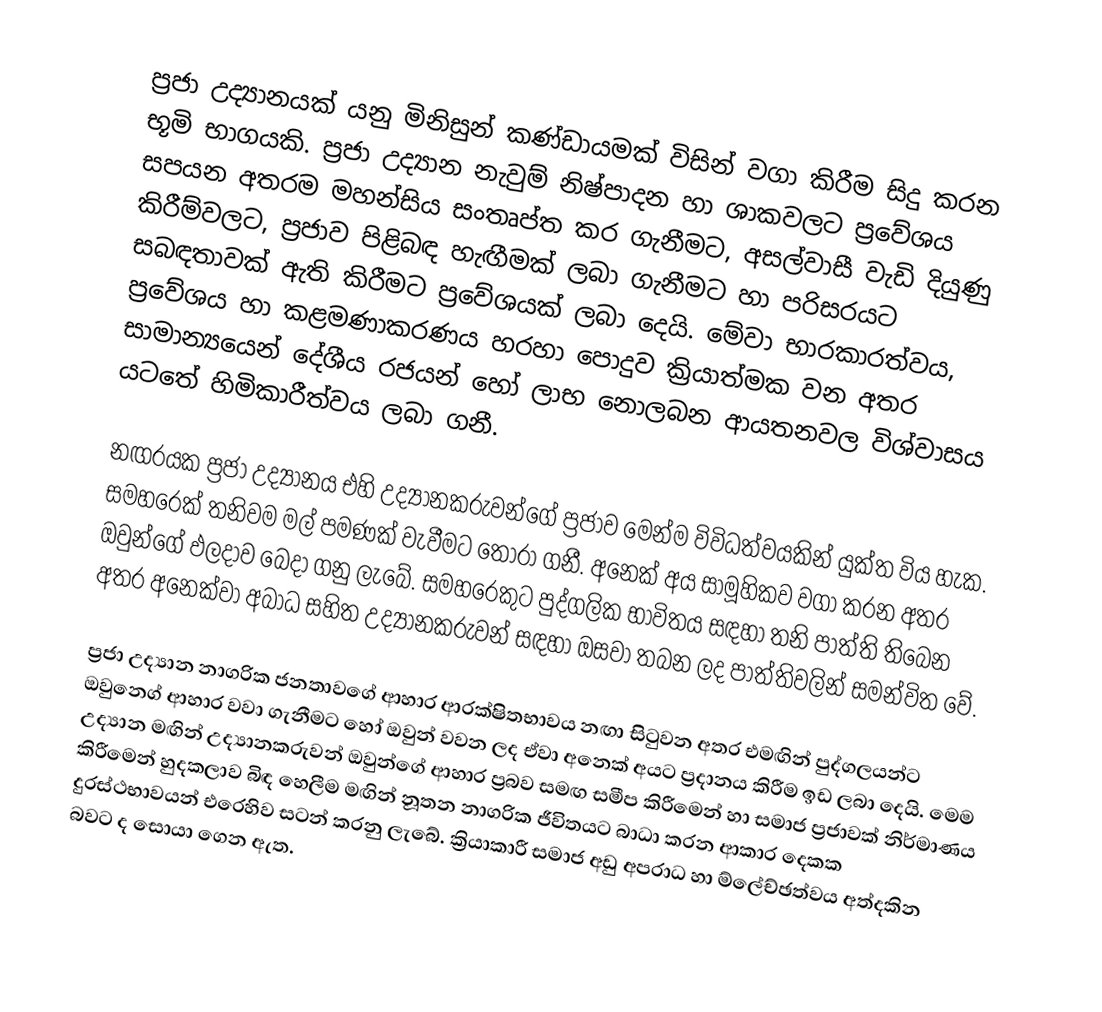
ප්‍රජා උද්‍යානයක් යනු මිනිසුන් කණ්ඩායමක් විසින් වගා කිරීම සිදු කරන භූමි භාගයකි. ප්‍රජා උද්‍යාන නැවුම් නිෂ්පාදන හා ශාකවලට ප්‍රවේශය සපයන අතරම මහන්සිය සංතෘප්ත කර ගැනීමට, අසල්වාසී වැඩි දියුණු කිරීම්වලට, ප්‍රජාව පිළිබඳ හැඟීමක් ලබා ගැනීමට හා පරිසරයට සබඳතාවක් ඇති කිරීමට ප්‍රවේශයක් ලබා දෙයි. මේවා භාරකාරත්වය, ප්‍රවේශය හා කළමණාකරණය හරහා පොදුව ක්‍රියාත්මක වන අතර සාමාන්‍යයෙන් දේශීය රජයන් හෝ ලාභ නොලබන ආයතනවල විශ්වාසය යටතේ හිමිකාරීත්වය ලබා ගනී.

නඟරයක ප්‍රජා උද්‍යානය එහි උද්‍යානකරුවන්ගේ ප්‍රජාව මෙන්ම විවිධත්වයකින් යුක්ත විය හැක. සමහරෙක් තනිවම මල් පමණක් වැවීමට තෝරා ගනී. අනෙක් අය සාමූහිකව වගා කරන අතර ඔවුන්ගේ ඵලදාව බෙදා ගනු ලැබේ. සමහරෙකුට පුද්ගලික භාවිතය සඳහා තනි පාත්ති තිබෙන අතර අනෙක්වා අබාධ සහිත උද්‍යානකරුවන් සඳහා ඔසවා තබන ලද පාත්තිවලින් සමන්විත වේ.

ප්‍රජා උද්‍යාන නාගරික ජනතාවගේ ආහාර ආරක්ෂිතභාවය නඟා සිටුවන අතර එමඟින් පුද්ගලයන්ට ඔවුන‍්ගේ ආහාර වවා ගැනීමට හෝ ඔවුන් වවන ලද ඒවා අනෙක් අයට ප්‍රදානය කිරීම ඉඩ ලබා දෙයි. මෙම උද්‍යාන මඟින් උද්‍යානකරුවන් ඔවුන්ගේ ආහාර ප්‍රබව සමඟ සමීප කිරීමෙන් හා සමාජ ප්‍රජාවක් නිර්මාණය කිරීමෙන් හුදකලාව බිඳ හෙලීම මඟින් නූතන නාගරික ජීවිතයට බාධා කරන ආකාර දෙකක දුරස්ථභාවයන් එරෙහිව සටන් කරනු ලැබේ. ක්‍රියාකාරී සමාජ අඩු අපරාධ හා ම්ලේච්ඡත්වය අත්දකින බවට ද සොයා ගෙන ඇත.